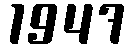
1947